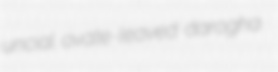
uncial ovate-leaved darogha